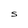
Character: S